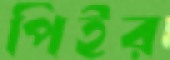
পিইর